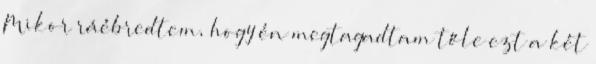
Mikor ráébredtem, hogy én megtagadtam tőle ezt a két